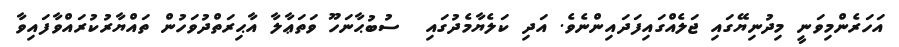
އަހަރެންމިވަނީ މިދުނިޔޭގައި ޖަލެއްގައިފަދައިންނެވެ. އަދި ކަލެޔާމެދުގައި  ސުބުޙާނަހޫ ވަތަޢާލާ އާޙިރަތްދުވަހުން ތައްޔާރުކުރައްވާފައިވާ